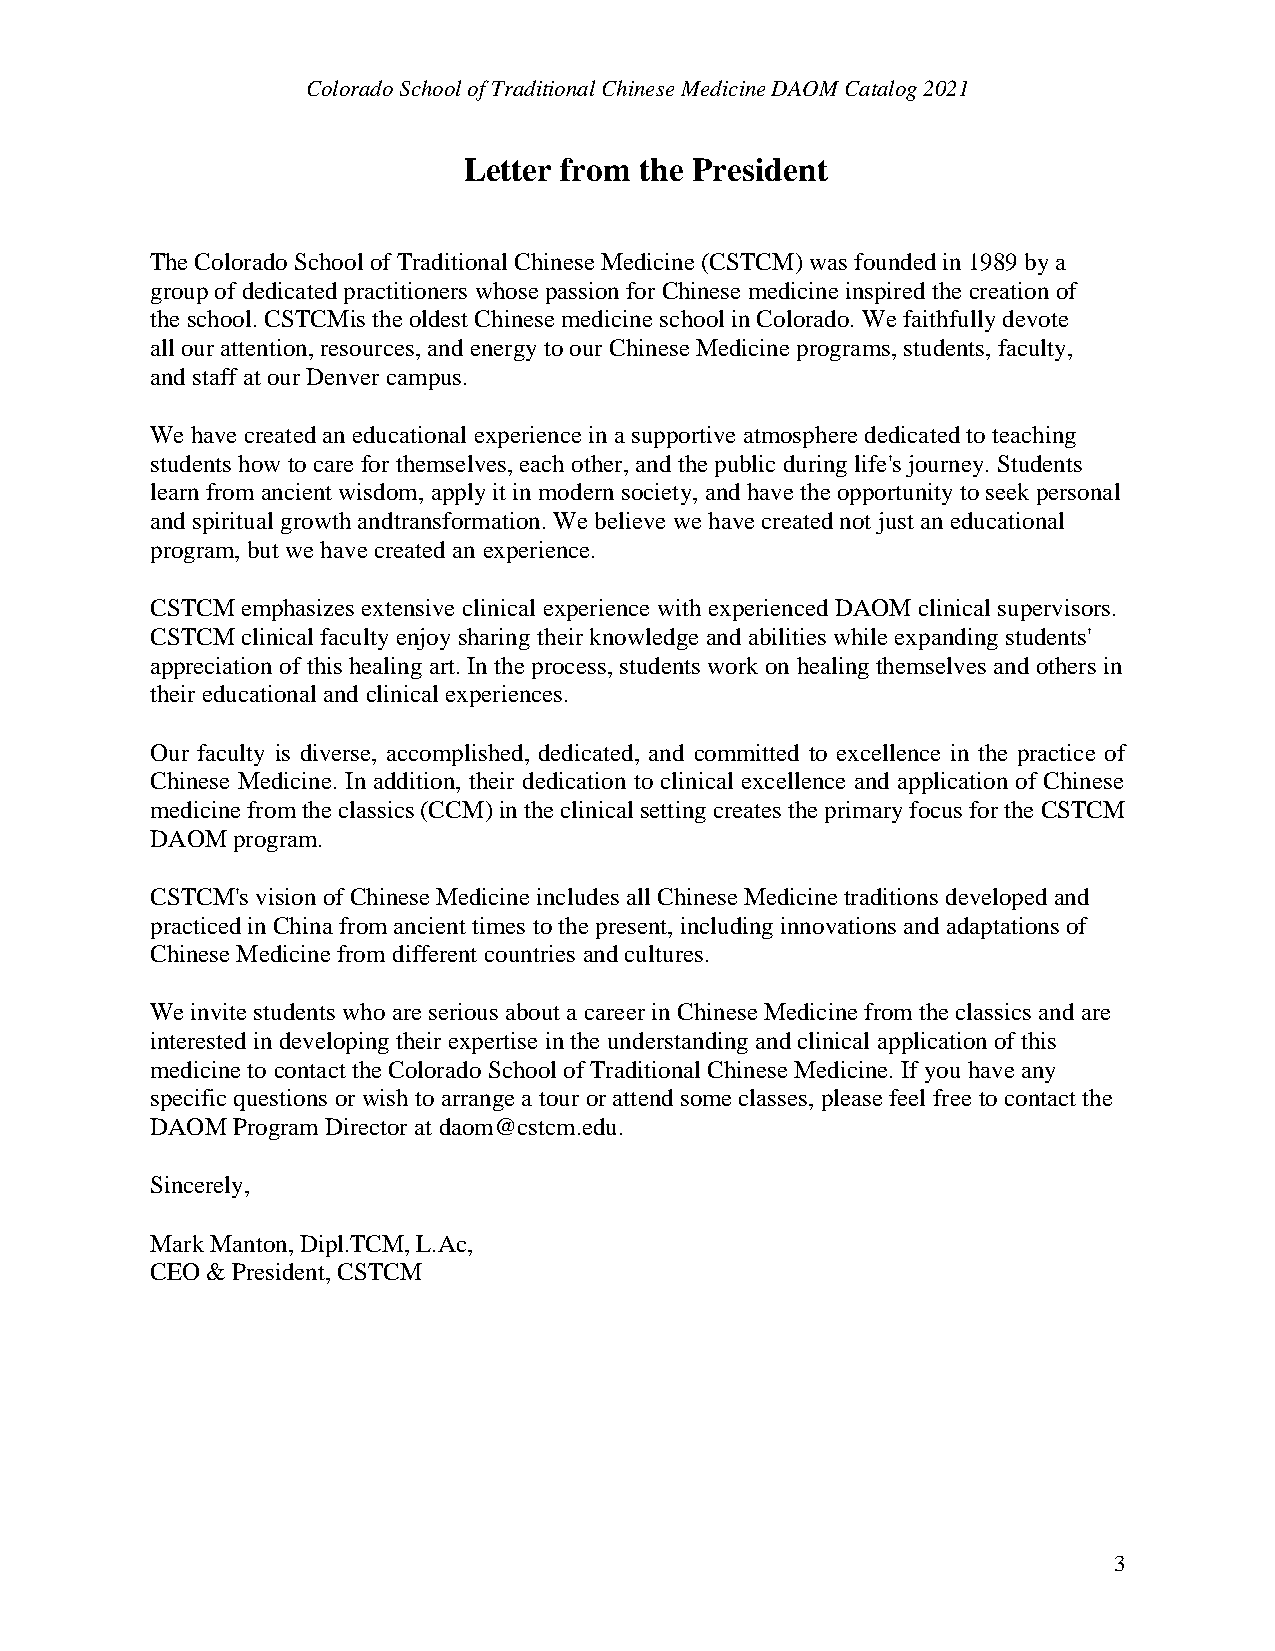
Colorado School of Traditional Chinese Medicine DAOM Catalog 2021
 Letter from the President
 The Colorado School of Traditional Chinese Medicine (CSTCM) was founded in 1989 by a
 group of dedicated practitioners whose passion for Chinese medicine inspired the creation of
 the school. CSTCM is the oldest Chinese medicine school in Colorado. We faithfully devote
 all our attention, resources, and energy to our Chinese Medicine programs, students, faculty,
 and staff at our Denver campus.
 We have created an educational experience in a supportive atmosphere dedicated to teaching
 students how to care for themselves, each other, and the public during life's journey. Students
 learn from ancient wisdom, apply it in modern society, and have the opportunity to seek personal
 and spiritual growth and transformation. We believe we have created not just an educational
 program, but we have created an experience.
 CSTCM emphasizes extensive clinical experience with experienced DAOM clinical supervisors.
 CSTCM clinical faculty enjoy sharing their knowledge and abilities while expanding students'
 appreciation of this healing art. In the process, students work on healing themselves and others in
 their educational and clinical experiences.
 Our faculty is diverse, accomplished, dedicated, and committed to excellence in the practice of
 Chinese Medicine. In addition, their dedication to clinical excellence and application of Chinese
 medicine from the classics (CCM) in the clinical setting creates the primary focus for the CSTCM
 DAOM program.
 CSTCM's vision of Chinese Medicine includes all Chinese Medicine traditions developed and
 practiced in China from ancient times to the present, including innovations and adaptations of
 Chinese Medicine from different countries and cultures.
 We invite students who are serious about a career in Chinese Medicine from the classics and are
 interested in developing their expertise in the understanding and clinical application of this
 medicine to contact the Colorado School of Traditional Chinese Medicine. If you have any
 specific questions or wish to arrange a tour or attend some classes, please feel free to contact the
 DAOM Program Director at daom@cstcm.edu.
 Sincerely,
 Mark Manton, Dipl.TCM, L.Ac,
 CEO & President, CSTCM
 3